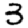
Digit: 3